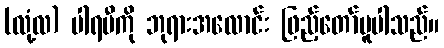
(လုံ့လ) ပါရမီကို ဘုရားအလောင်း ဖြည့်တော်မူပါသည်။